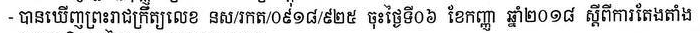
- បានឃើញព្រះរាជក្រឹត្យលេខ នស/រកត/០៩១៨/៩២៥ ចុះថ្ងៃទី០៦ ខែកញ្ញា ឆ្នាំ២០១៩ ស្ដីពីការតែងតាំង